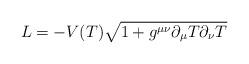
LaTeX: \begin{align*}L=-V(T)\sqrt{1+g^{\mu\nu}\partial_\mu T\partial_\nu T}\end{align*}